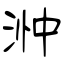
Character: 浺